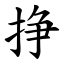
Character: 挣